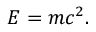
E = m c ^ { 2 } .